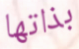
بذاتها